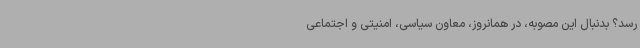
رسد؟ بدنبال این مصوبه، در همانروز، معاون سیاسی، امنیتی و اجتماعی